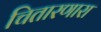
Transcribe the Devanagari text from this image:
चितारणारा